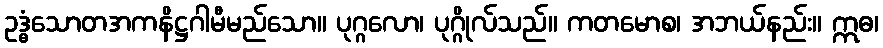
ဥဒ္ဓံသောတအကနိဋ္ဌဂါမီမည်သော။ ပုဂ္ဂလော၊ ပုဂ္ဂိုလ်သည်။ ကတမောစ၊ အဘယ်နည်း။ ဣဓ၊